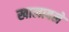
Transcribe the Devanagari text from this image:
खालावले